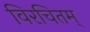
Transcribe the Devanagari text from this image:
विरचितम्